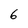
Character: 6